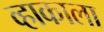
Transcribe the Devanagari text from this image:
व्हाकाला